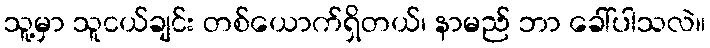
သူ့မှာ သူငယ်ချင်း တစ်ယောက်ရှိတယ်၊ နာမည် ဘာ ခေါ်ပါသလဲ။